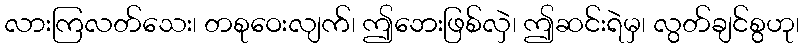
လားကြလတ်သေး၊ တစုဝေးလျက်၊ ဤဘေးဖြစ်လှဲ၊ ဤဆင်းရဲမှ၊ လွတ်ချင်စွဟု၊